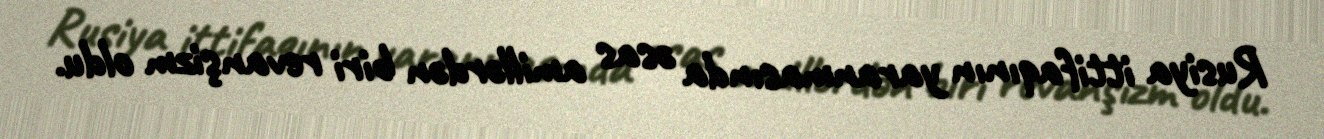
Rusiya ittifaqının yaranmasında əsas amillərdən biri revanşizm oldu.